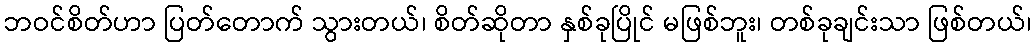
ဘဝင်စိတ်ဟာ ပြတ်တောက် သွားတယ်၊ စိတ်ဆိုတာ နှစ်ခုပြိုင် မဖြစ်ဘူး၊ တစ်ခုချင်းသာ ဖြစ်တယ်၊